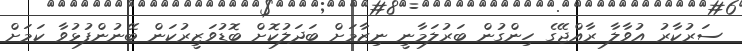
ސަރުކާރު އުވާލާ ރާއްޖޭގެ ހިންގުން ބަރުލަމާނީ ނިޒާމަށް ބަދަލުކޮށް ބޮޑުވަޒީރުކަން ބޭނުންފުޅުވާ ކަމަށް